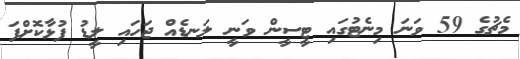
މެޗުގެ 59 ވަނަ މިނެޓުގައި ޓީސީން ވަނީ ލަނޑެއް ޖަހައި ލީޑު ފުޅާކޮށްފަ